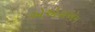
એએસએમ